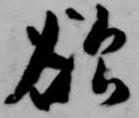
欲